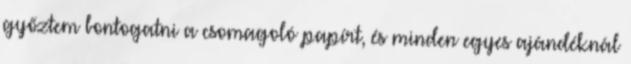
győztem bontogatni a csomagoló papírt, és minden egyes ajándéknál